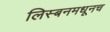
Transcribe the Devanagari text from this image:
लिस्बनमधूनच